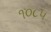
૧૦૮૫